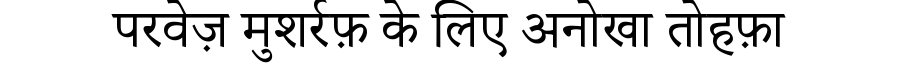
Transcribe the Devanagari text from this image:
परवेज़ मुशर्रफ़ के लिए अनोखा तोहफ़ा